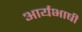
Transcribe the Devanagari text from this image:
आर्यभाषी